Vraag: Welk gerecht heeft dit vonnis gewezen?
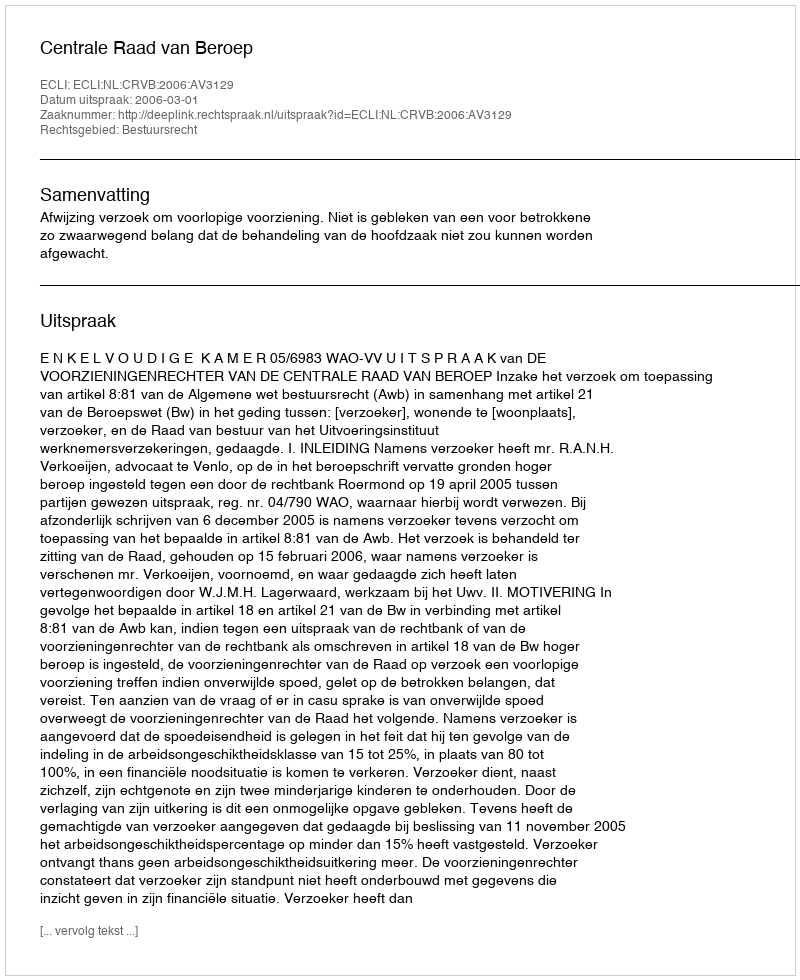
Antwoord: Centrale Raad van Beroep